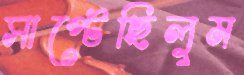
সাপ্‌টেছিলুম